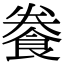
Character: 餋